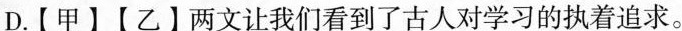
D.【甲】【乙】两文让我们看到了古人对学习的执着追求。